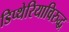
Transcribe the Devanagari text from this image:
डिप्थेरियाविरुद्ध